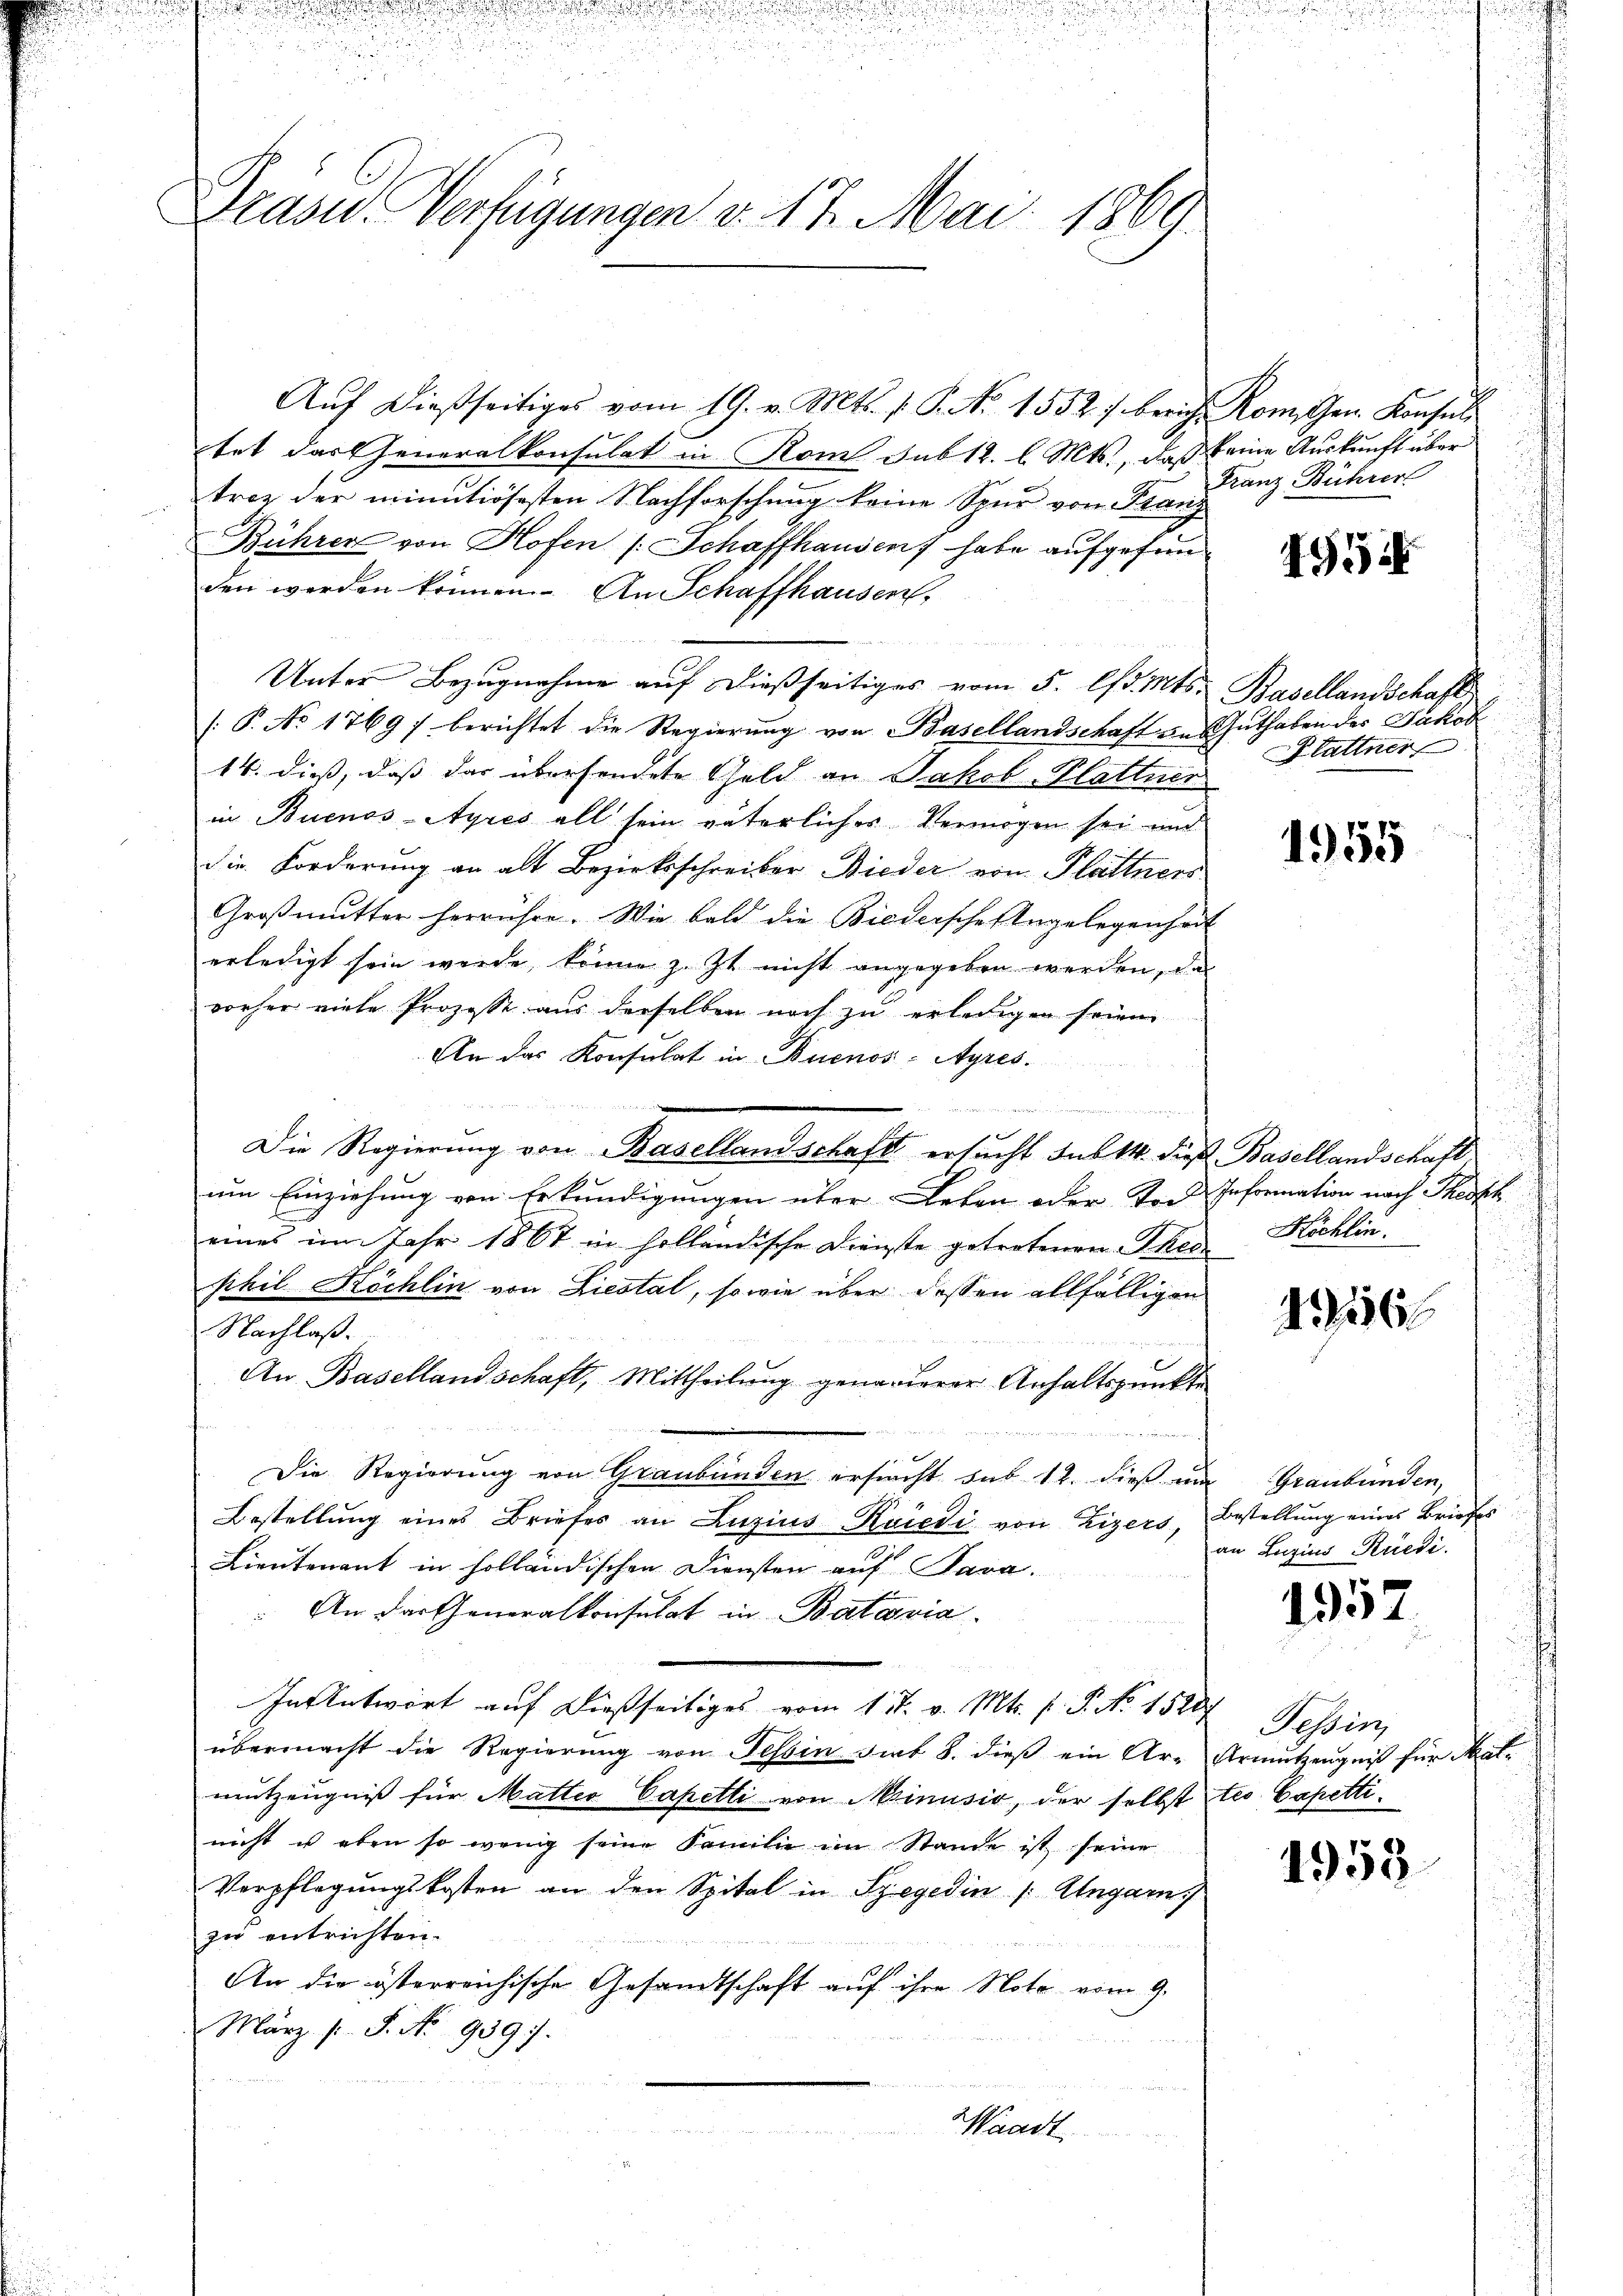
Drasu. Verfügungen d. 17. Mai 1869.

Aŭf dießseitiges vom 19. v. Mts. f. P. No 1552 f. berich Rom. Gen. Konsuls
tet das Generalkonsulat in Rom sub 12. l. Mts., daß keine Auskunft über
trez der minutiösesten Nachforschung keine Spur von Franz
Bühren von Hofen /: Schaffhausen habe aufgefund
den werden können. An Schaffhausen,
Unter Bezugnahme auf dießseitiges vom 5. d. Mts. Basellandschaft
/: P. No 17697 berichtet die Regierung von Basellandschaft an Guthaben der Jakob
14. dieß, daß das übersendete Geld an Jakob Plattner
in Buenos-Ayres all sein väterliches Vermögen sei und
Die Forderung an alt Bezirksschreiber Bieder von Plättners
Großmutter herrühre. Wie bald die Biedersche Angelegenheit
erledigt sein werde, könne z. Zt. nicht angegeben werden, das
vorher viele Prozesse aus derselben noch zu erledigen seien.
An das Konsulat in Buenos-Ayres.
n
e
Die Regierung von Basellandschaft ersucht das 14. die Basellandschaft
um Einziehung von Erkundigungen über Leben oder Tor Information nach Thestk
eines im Jahr 1867 in holländische Dienste getretenen Thei
sihil Köchlin von Liestal, sowie über dessen allfälligen
Nachlaß.
An Basellandschaft, Mittheilung genauerer Anhaltspunkte
Die Regierung von Graubünden ersucht sub 12. dieß um
Bestellung eines Briefer an Luzins Kriedi von Zizers, Bestellung eines Briefes
Lieutenant in holländischen Diensten auf Sara.
 An der Generalkonsulat in Batavia
In Antwort auf dießseitiges vom 17. v. Mts. f. P. Nr. 1520
übermacht die Regierung von Tessin sit 8. dieß ein Ar- Armutzengnis für Matmutzengniß für Matter Capelli von Minusio, der selbst tes Capetti
nicht u eben so wenig seine Familie im Stande ist seine
Verpflegungskosten an den Spital in Szegedin /: Ungar
zu entrichten.
An die österreichische Gesandtschaft auf ihre Note vom 9.
März l. J. No. 9397.
u
Waadt

Franz Bührer

495

Blattner

1955

Köchlin.

1156

Graubünden,
an Luzius Rüedi

1352

Tessin,

1958